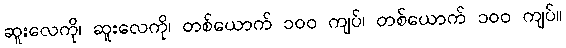
ဆူးလေကို၊ ဆူးလေကို၊ တစ်ယောက် ၁၀၀ ကျပ်၊ တစ်ယောက် ၁၀၀ ကျပ်။